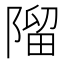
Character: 𨻧